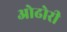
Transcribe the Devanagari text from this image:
ओढोरी